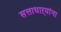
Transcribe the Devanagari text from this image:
सत्ताधाऱ्यांना